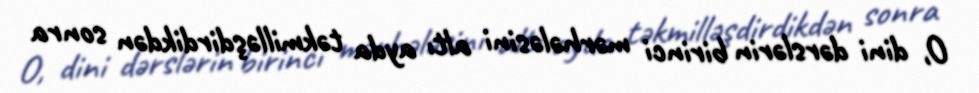
O, dini dərslərin birinci mərhələsini altı ayda təkmilləşdirdikdən sonra